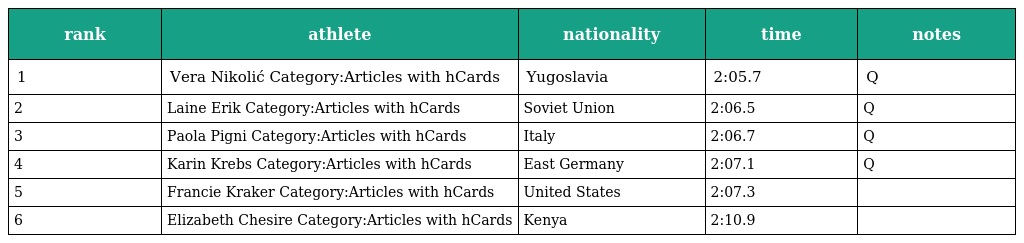
| rank | athlete | nationality | time | notes |
 | --- | --- | --- | --- | --- |
 | 1 | Vera Nikolić Category:Articles with hCards | Yugoslavia | 2:05.7 | Q |
 | 2 | Laine Erik Category:Articles with hCards | Soviet Union | 2:06.5 | Q |
 | 3 | Paola Pigni Category:Articles with hCards | Italy | 2:06.7 | Q |
 | 4 | Karin Krebs Category:Articles with hCards | East Germany | 2:07.1 | Q |
 | 5 | Francie Kraker Category:Articles with hCards | United States | 2:07.3 |  |
 | 6 | Elizabeth Chesire Category:Articles with hCards | Kenya | 2:10.9 |  |